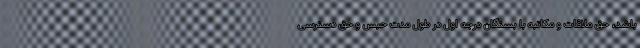
باشد، حق ملاقات و مکاتبه با بستگان درجه اول در طول مدت حبس و حق دسترسی